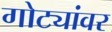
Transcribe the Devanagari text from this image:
गोट्यांवर